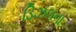
ડિઝલના